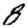
Digit: 8